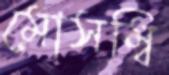
মোসম্বি